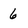
Character: 6